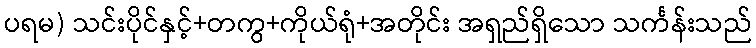
ပရမ) သင်းပိုင်နှင့်+တကွ+ကိုယ်ရုံ+အတိုင်း အရှည်ရှိသော သင်္ကန်းသည်